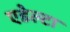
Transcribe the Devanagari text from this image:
एडेल्टा